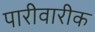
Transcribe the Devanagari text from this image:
पारीवारीक